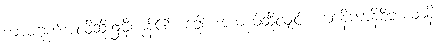
ကာမဂုဏ်အလိုဆိုး၌မှီကုန်၏။ ခေါ၊ အကယ်ဆိုလျှင်။ ယာနိကာနိစိဘယာနိ၊